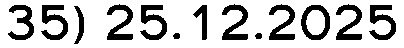
35) 25.12.2025